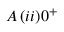
A \, ( i i ) 0 ^ { + }